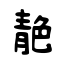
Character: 靘